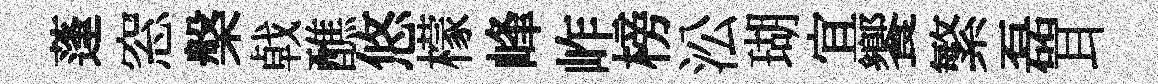
蓬窓槃㦸醮悠檬峰岞榜㳂瑚宜饗繁磊耳